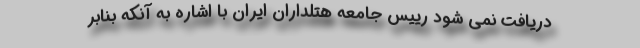
دریافت نمی‌ شود رییس جامعه هتلداران ایران با اشاره به آنکه بنابر